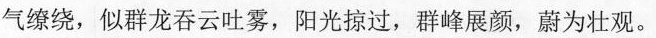
气缭绕，似群龙吞云吐雾，阳光掠过，群峰展颜，蔚为壮观。